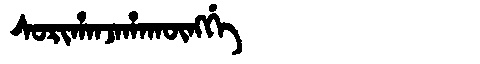
Manchu: ᠰᠣᡵᡳᡥᠠᠨᠵᠠᡥᠠᡴᡡᠩᡤᡝ
Romanization: SORIHANJAHAKŪNGGE